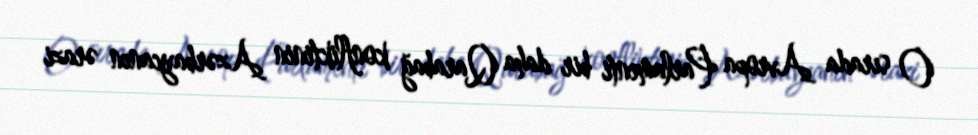
O sırada Avropa Parlamenti bir daha Qarabağ konfliktinin Azərbaycanın ərazi